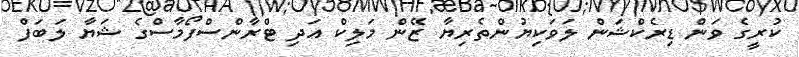
ކުރީގެ ވަން ޑިރެކްޝަން ލަވަކިޔުންތެރިޔާ ޒޭން މަލިކް އަދި ޓްރާންސްފޯމާސްގެ ޝަޔާ ލަބަފް